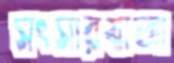
সংসারযাত্রা